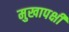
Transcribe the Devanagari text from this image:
मुखापक्षी